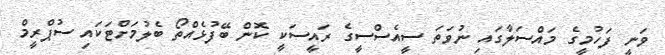
ވަނީ ފަހުމީގެ މައްސަލާގައި ނުވަތަ ސީއެސްސީގެ ރައީސަކީ ކޮން ބޭފުޅެއްތޯ ބެލުމަށްޓަކައި ސުޕްރީމް